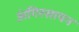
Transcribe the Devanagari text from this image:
अंगिरसायन